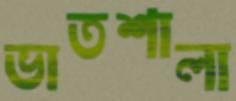
ভাতশালা